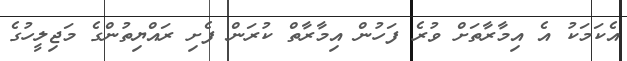
އެކަމަކު އެ އިމާރާތަށް ވުރެ ފަހުން އިމާރާތް ކުރަން ފެށި ރައްޔިތުންގެ މަޖިލީހުގެ